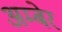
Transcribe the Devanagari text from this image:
अम्बेर